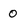
Character: 0